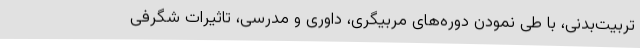
تربیت‌بدنی، با طی نمودن دوره‌های مربیگری، داوری و مدرسی، تاثیرات شگرفی